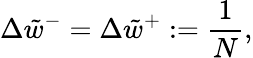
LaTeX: \Delta{\tilde{w}^{-}}=\Delta{\tilde{w}^{+}}:=\frac{1}{N},